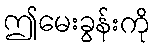
ဤမေးခွန်းကို